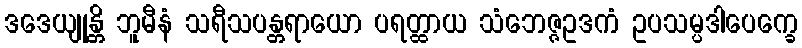
ဒဒေယျုန္တိ ဘူမီနံ သရီသပန္တရာယော ပရတ္ထာယ သံဘေဇ္ဇဥဒကံ ဥပသမ္ပဒါပေက္ခေ